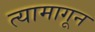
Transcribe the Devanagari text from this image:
त्यामागून